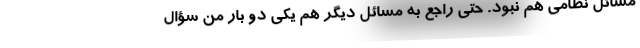
مسائل نظامی هم نبود. حتی راجع به مسائل دیگر هم یکی دو بار من سؤال